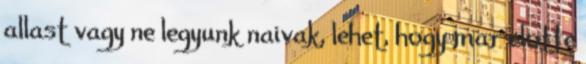
allast vagy ne legyunk naivak, lehet, hogy mar elotte